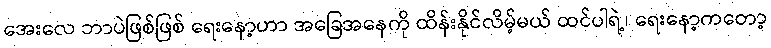
အေးလေ ဘာပဲဖြစ်ဖြစ် ရေးနော့ဟာ အခြေအနေကို ထိန်းနိုင်လိမ့်မယ် ထင်ပါရဲ့၊ ရေးနော့ကတော့